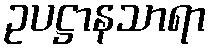
ဥပဋ္ဌာနသာရာ